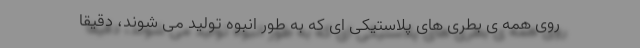
روی همه ی بطری های پلاستیکی ای که به طور انبوه تولید می شوند، دقیقاً